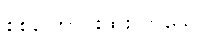
စစ်ကြောင်းထိုးလာသော